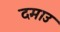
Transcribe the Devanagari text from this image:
दमाउ